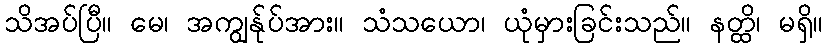
သိအပ်ပြီ။ မေ၊ အကျွန်ုပ်အား။ သံသယော၊ ယုံမှားခြင်းသည်။ နတ္ထိ၊ မရှိ။